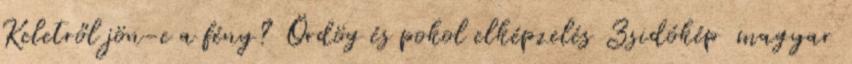
Keletről jön-e a fény? Ördög és pokol elképzelés Zsidókép magyar